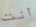
أنت